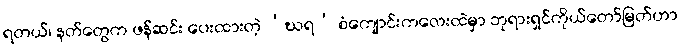
ရတယ်၊ နတ်တွေက ဖန်ဆင်း ပေးထားတဲ့ ‘ဃရ’ စံကျောင်းကလေးထဲမှာ ဘုရားရှင်ကိုယ်တော်မြတ်ဟာ